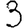
Digit: 3